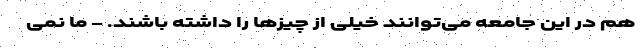
هم در این جامعه می‌توانند خیلی از چیزها را داشته باشند. - ما نمی‌